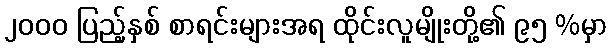
၂၀၀၀ ပြည့်နှစ် စာရင်းများအရ ထိုင်းလူမျိုးတို့၏ ၉၅ %မှာ